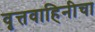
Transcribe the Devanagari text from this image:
वृत्तवाहिनीचा